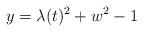
LaTeX: \begin{align*} y=\lambda(t)^2+w^2-1\end{align*}